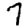
Digit: 7